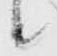
候